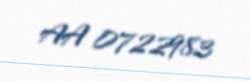
AA 0722983